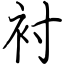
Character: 衬